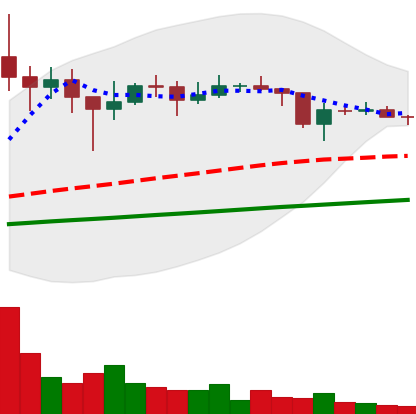
Ticker: XLM-USD
Chart end date: 2021-01-26
Forward return: 16.873%
Label: up_7plus